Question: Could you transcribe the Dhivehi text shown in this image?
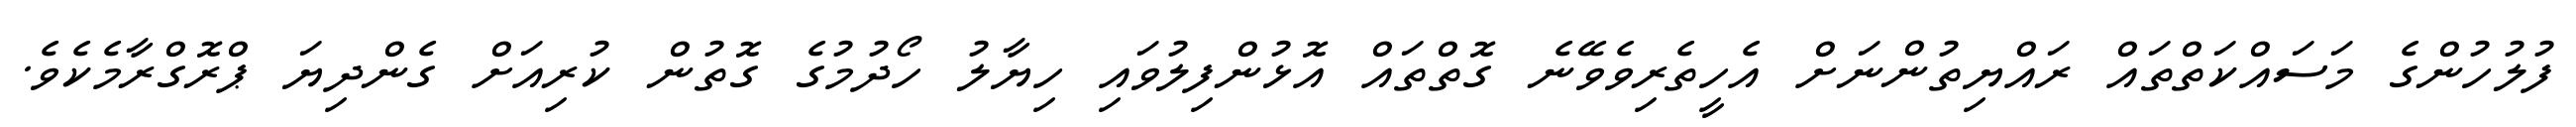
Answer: ފުލުހުންގެ މަސައްކަތްތައް ރައްޔިތުންނަށް އެހީތެރިވެވޭނެ ގޮތްތައް އޮޅުންފިލުވައި ހިޔާލު ހޯދުމުގެ ގޮތުން ކުރިއަށް ގެންދިޔަ ޕްރޮގްރާމެކެވެ.